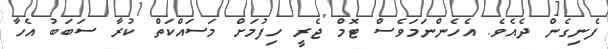
ފެނިގެން ދެއެވެ. އެހެންނަމަވެސް ޓޮމް ޖެރީ ހިފުމަށް މަސައްކަތް ކުރާ ސަބަބު އެހާ